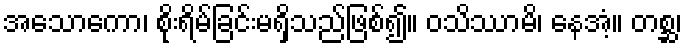
အသောကော၊ စိုးရိမ်ခြင်းမရှိသည်ဖြစ်၍။ ဝသိဿာမိ၊ နေအံ့။ တစ္ဆ၊